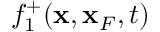
f _ { 1 } ^ { + } ( { \bf x } , { \bf x } _ { F } , t )